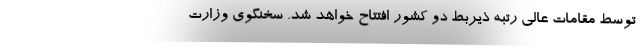
توسط مقامات عالی رتبه ذیربط دو کشور افتتاح خواهد شد. سخنگوی وزارت